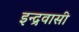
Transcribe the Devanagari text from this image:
इन्द्रवासी